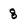
Character: 8